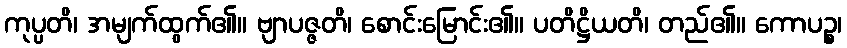
ကုပ္ပတိ၊ အမျက်ထွက်၏။ ဗျာပဇ္ဇတိ၊ စောင်းမြောင်း၏။ ပတိဋ္ဌိယတိ၊ တည်၏။ ကောပဉ္စ၊